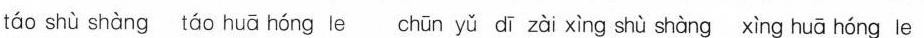
táo shù shàng táo huā hóng le chūn yǔ dī zài xìng shù shàng xìng huā hóng le